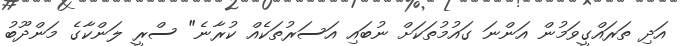
އަދި ތަރައްގީވަމުން އަންނަ ގައުމުތަކަށް ނުބައި އަސަރުތަކެއް ކުރާނެ" ސްރީ ލަންކާގެ މަންދޫބު